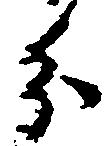
分